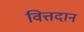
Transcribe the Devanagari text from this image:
वित्तदान